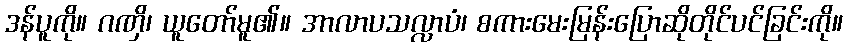
ဒန်ပူကို။ ဂဏှိ၊ ယူတော်မူ၏။ အာလာပသလ္လာပံ၊ စကားမေးမြန်းပြောဆိုတိုင်ပင်ခြင်းကို။